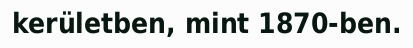
kerületben, mint 1870-ben.